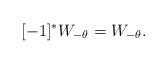
LaTeX: \begin{align*}[-1]^*W_{-\theta}=W_{-\theta}.\end{align*}